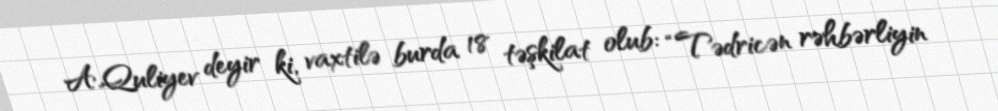
A.Quliyev deyir ki, vaxtilə burda 18 təşkilat olub: “Tədricən rəhbərliyin